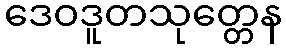
ဒေဝဒူတသုတ္တေန